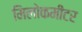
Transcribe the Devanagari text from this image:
मिलोकमीटर